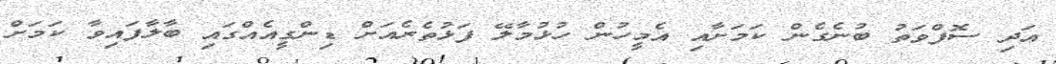
އަދި ސޮފްވަތު ބުނެގެން ކަމަށާއި އެމީހުން ހުޅުމާލޭ ފަޅުތެރެއަށް ޑިންގީއެއްގައި ބާލާފައިވާ ކަމަށް